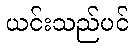
ယင်းသည်ပင်